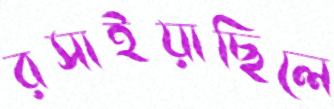
রসাইয়াছিলে